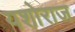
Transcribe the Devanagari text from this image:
यशोराज